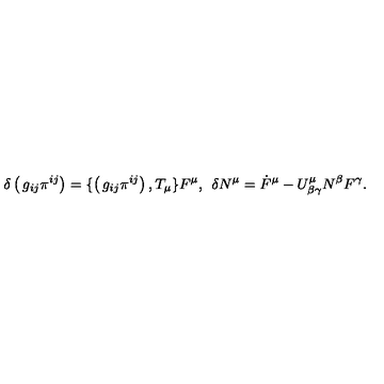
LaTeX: \delta \left( \begin{matrix} { g _ { i j } } \\ { \pi ^ { i j } } \\ \end{matrix} \right) = \{ \left( \begin{matrix} { g _ { i j } } \\ { \pi ^ { i j } } \\ \end{matrix} \right) , T _ { \mu } \} F ^ { \mu } , \: \: \delta N ^ { \mu } = \dot { F } ^ { \mu } - U _ { \beta \gamma } ^ { \mu } N ^ { \beta } F ^ { \gamma } .